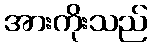
အားကိုးသည်